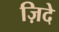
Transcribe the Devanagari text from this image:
ज़िदे